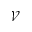
\mathcal { V }